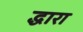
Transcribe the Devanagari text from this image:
द्धारा